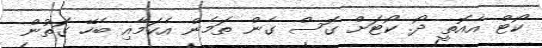
ކޯޓް އެއޮތީ ދޯ. ކޯޓަށް ގޮސް ގެން ތަމެން އެކަމާއި ބެހޭ ގޮތުން